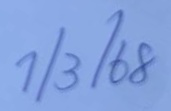
1/3/68